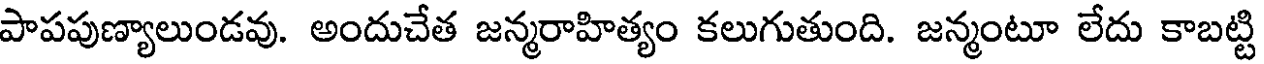
పాపపుణ్యాలుండవు. అందుచేత జన్మరాహిత్యం కలుగుతుంది. జన్మంటూ లేదు కాబట్టి